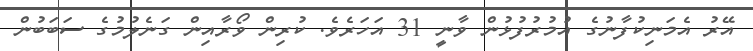
އޭރު އެމަނިކުފާނުގެ އުމުރުފުޅުން ވާނީ 31 އަހަރެވެ. ކުރިން ވޯރާއިން ގަނެލުމުގެ ސަބަބުން